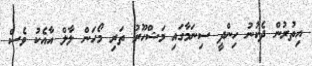
އިތުރުން ދެކުނު ހިންދީ ސިނަމާގައި މަޝްހޫރު ތަރި މޯހަން ލާލް އާއެކު ވެސް